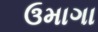
ઉમાગા